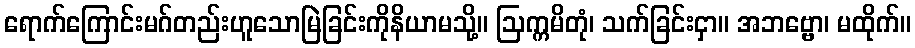
ရောက်ကြောင်းမဂ်တည်းဟူသောမြဲခြင်းကိုနိယာမသို့။ ဩက္ကမိတုံ၊ သက်ခြင်းငှာ။ အဘဗ္ဗော၊ မထိုက်။